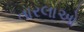
તારલાઓ